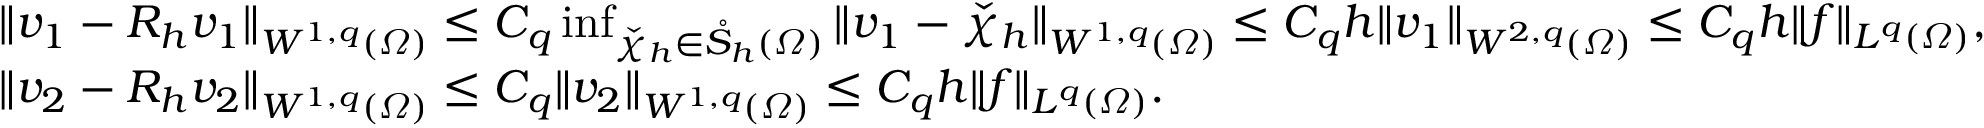
\begin{array} { r l } & { \| v _ { 1 } - R _ { h } v _ { 1 } \| _ { W ^ { 1 , q } ( \varOmega ) } \leq C _ { q } \operatorname* { i n f } _ { \check { \chi } _ { h } \in \mathring S _ { h } ( \varOmega ) } \| v _ { 1 } - \check { \chi } _ { h } \| _ { W ^ { 1 , q } ( \varOmega ) } \leq C _ { q } h \| v _ { 1 } \| _ { W ^ { 2 , q } ( \varOmega ) } \leq C _ { q } h \| f \| _ { L ^ { q } ( \varOmega ) } , } \\ & { \| v _ { 2 } - R _ { h } v _ { 2 } \| _ { W ^ { 1 , q } ( \varOmega ) } \leq C _ { q } \| v _ { 2 } \| _ { W ^ { 1 , q } ( \varOmega ) } \leq C _ { q } h \| f \| _ { L ^ { q } ( \varOmega ) } . } \end{array}